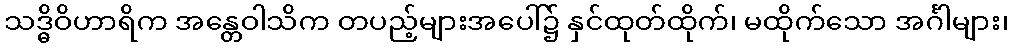
သဒ္ဓိဝိဟာရိက အန္တေဝါသိက တပည့်များအပေါ်၌ နှင်ထုတ်ထိုက်၊ မထိုက်သော အင်္ဂါများ၊